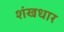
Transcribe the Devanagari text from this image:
शंखधार